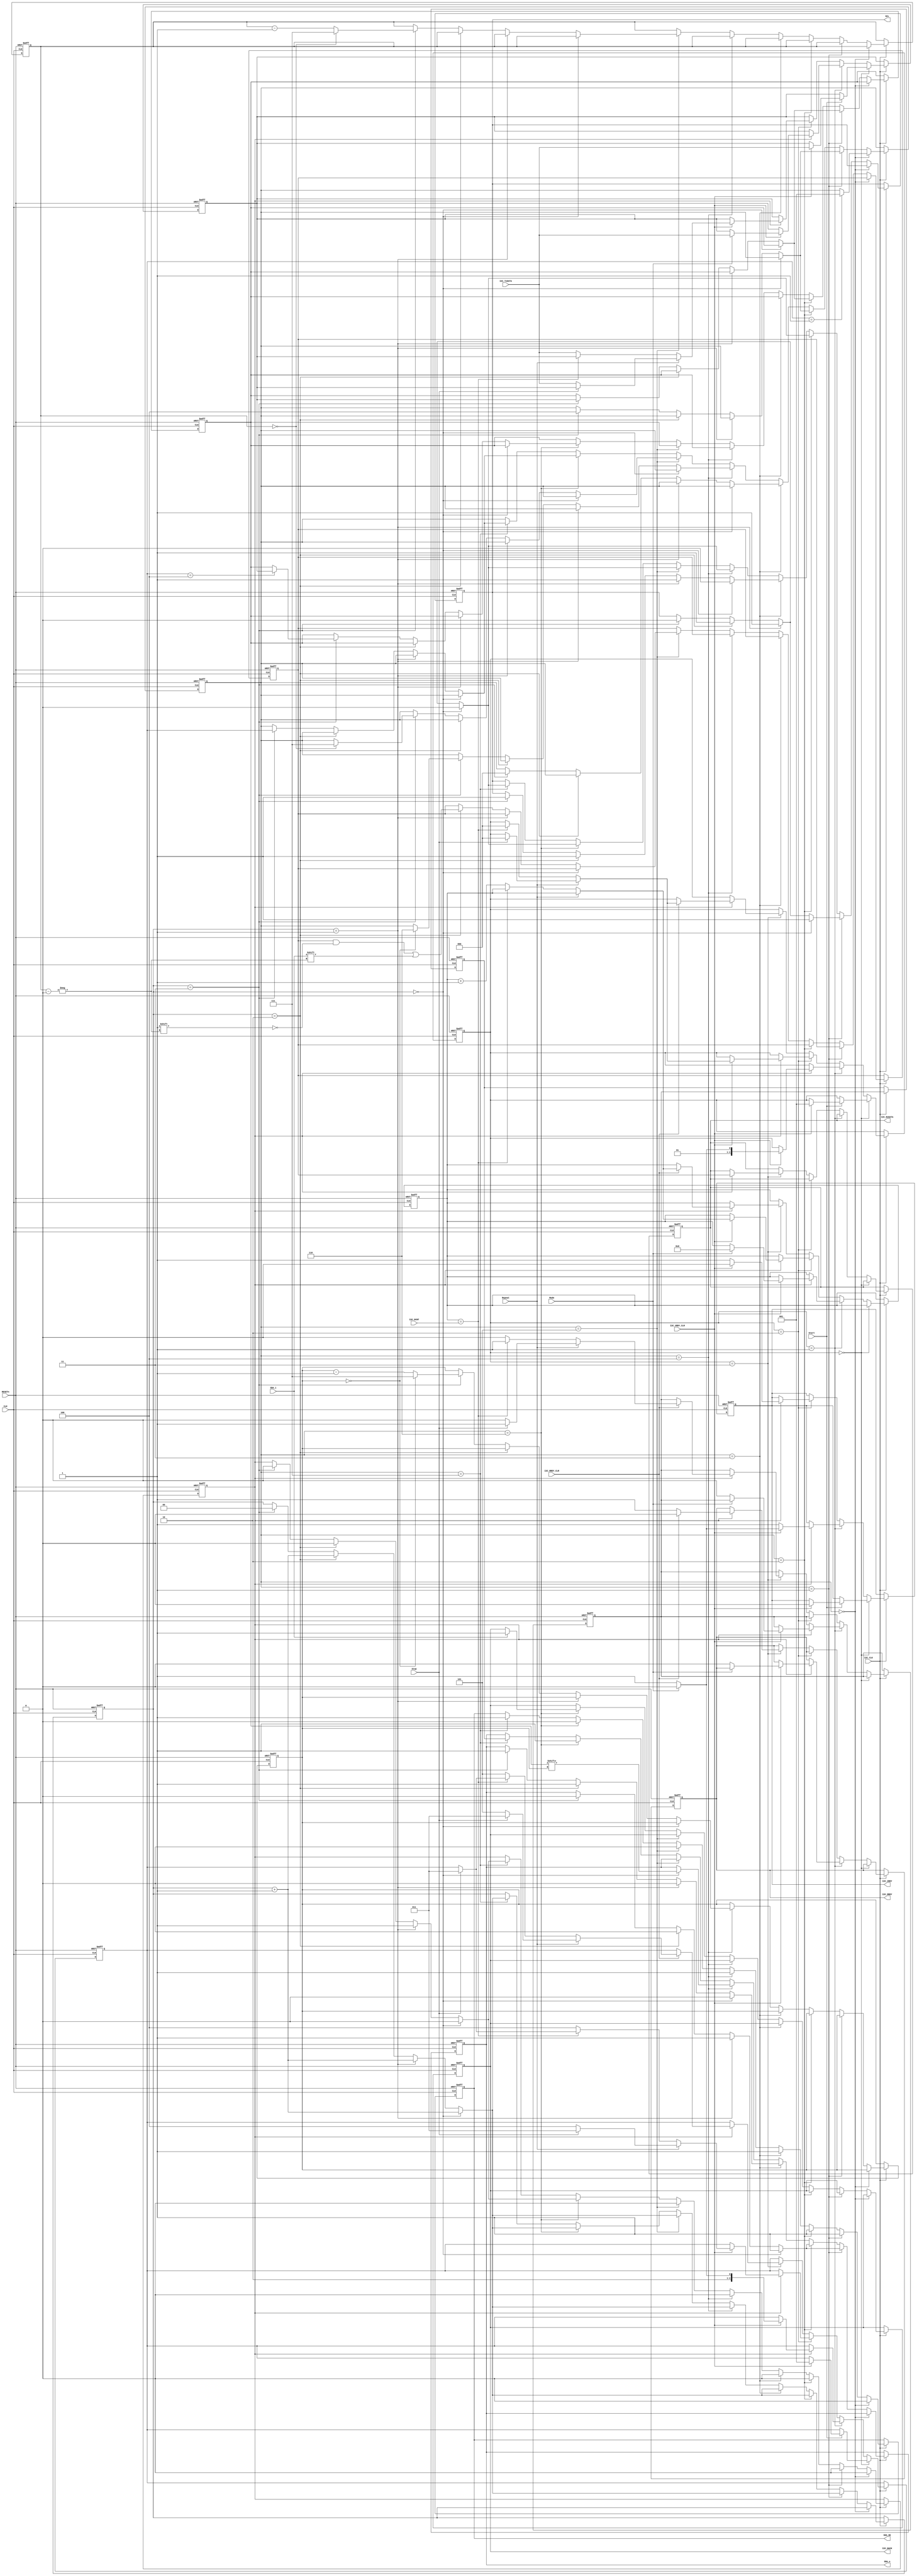
/********************************************************************************
 *																				*
 *		I2C_Transceiver.v  Ver 0.1														*
 *																				*
 *		Designed by	Yoon Dong Joon                                              *
 *																				*
 ********************************************************************************
 *																				*
 *		Support Verilog 2001 Syntax												*
 *																				*
 *		Update history : 2011.10.23	 original authored (Ver.0.1)				*
 *																				*
 *		Support only Single Master												*
 *																				*
 ********************************************************************************/	

`timescale 1ns/1ps		

`define CMD_NOP			3'b000
`define CMD_START		3'b001
`define CMD_REPSTART	3'b010
`define CMD_STOP		3'b011
`define CMD_WRITE		3'b100
`define CMD_READ		3'b101

`define ST_IDLE			3'b000
`define ST_START		3'b001
`define ST_REPSTART		3'b010
`define ST_STOP			3'b011
`define ST_WRITE		3'b100
`define ST_READ			3'b101
`define ST_TXACK		3'b110
`define ST_RXACK		3'b111

`define ST_WADDR		3'b001
`define ST_WDATA		3'b010
`define ST_RDATA		3'b011


//`define ST_WCMD			3'b010
//`define ST_RADDR		3'b011
//`define ST_RDATA0		3'b100
//`define ST_RDATA1		3'b101
//`define ST_WAIT			3'b110

module I2C_Tranceiver(
	//---------------------------------------------------------------------------
	//	Clock and Reset Signals
	//---------------------------------------------------------------------------
	input				CLK,
	input				I2C_CLK,
	input				RESETn,

	//---------------------------------------------------------------------------
	//	Control Signals
	//---------------------------------------------------------------------------
	input				Start,
	input				Stop,
	input				Repeat,
	input				Mode,

	//---------------------------------------------------------------------------
	//	Write/Read DATA
	//---------------------------------------------------------------------------
	input	[7:0]		I2C_TxDATA,
	output	[7:0]		I2C_RxDATA,

	//---------------------------------------------------------------------------
	//	Status Registers
	//---------------------------------------------------------------------------
	output				I2C_XRDY,
	output				I2C_RRDY,
	input				I2C_XRDY_CLR,
	input				I2C_RRDY_CLR,

	output				I2C_NACK,

	input	[15:0]		I2C_DCNT,

	//---------------------------------------------------------------------------
	//	I2C Signals
	//---------------------------------------------------------------------------
	output				SCL,
	output				SDA_o,
	input				SDA_i,
	output				SDA_OE
);		 
               
//-------------------------------------------------------------------------------
//	Internal Signals
//-------------------------------------------------------------------------------
reg		[2:0]	State;
reg 	[7:0]	TxReg;
reg 	[7:0]	TxShiftReg;
reg 	[7:0]	RxReg;
reg 	[7:0]	RxShiftReg;
reg 	[2:0]	iCMD;

reg		[7:0]	iI2C_RxDATA;
reg		[15:0]	iDataWord_Cnt;
reg				iI2C_XRDY;
reg				iI2C_RRDY;
reg				iI2C_NACK;

reg				iRxACK;
reg 			d_iRxACK;

reg				iACK;

reg 	[2:0]	I2C_State;
reg 	[1:0]	I2C_StateCnt;
reg 	[2:0]	iTxBitIndex;
reg 	[2:0]	iRxBitIndex;

reg				iSCL_o;
wire			iSDA_i;
reg				iSDA_o;
reg 			iSDA_OE;


//-------------------------------------------------------------------------------
//	I2C_State Machine
//-------------------------------------------------------------------------------
always@(posedge CLK, negedge RESETn)
begin
	if(!RESETn) begin
		iI2C_RxDATA		<= 7'd0;
		iCMD			<= 3'd0;
		TxReg			<= 8'd0;
		RxReg			<= 8'd0;
		iRxACK			<= 1'b0;
		d_iRxACK		<= 1'b0;

		iDataWord_Cnt	<= 16'd0;
		iI2C_XRDY		<= 1'b1;
		iI2C_RRDY		<= 1'b0;

		State			<= `ST_IDLE;
	end
	else if(I2C_CLK) begin
		if(State == `ST_IDLE) begin
			if(Start) begin
				if(I2C_XRDY_CLR) begin // if Data is on DXR
					iCMD	<= `CMD_START;
					TxReg	<= I2C_TxDATA; // Address Data is Transmitted
					iI2C_XRDY	<= 1'b0;
					State	<= `ST_WADDR;
				end
			end
		end
		else if(State == `ST_WADDR) begin
			if(iACK) begin
				iI2C_XRDY	<= 1'b1;

				if(I2C_XRDY_CLR) begin // if Data is on DXR
					if(Mode) begin // Transmitter
						iCMD	<= `CMD_WRITE;
						TxReg	<= I2C_TxDATA;
						iDataWord_Cnt	<= 16'd0;
						iI2C_XRDY	<= 1'b0;
						State	<= `ST_WDATA;
					end
					else begin // Receiver
						iCMD		<= `CMD_READ;
						iRxACK		<= 1'b0;
						iI2C_RRDY	<= 1'b0;
						State		<= `ST_RDATA;
					end
				end
			end
		end
		else if(State == `ST_WDATA) begin
			if(iACK) begin
				iI2C_XRDY	<= 1'b1;

				if(I2C_XRDY_CLR) begin // if Data is on DXR
					if(Repeat) begin
						if(Stop) begin
							iCMD	<= `CMD_STOP;
							iI2C_XRDY	<= 1'b0;
							State	<= `ST_IDLE;
						end
						else begin
							TxReg	<= I2C_TxDATA;
							iI2C_XRDY	<= 1'b0;
							iCMD	<= `CMD_WRITE;
						end
					end
					else begin
						if(iDataWord_Cnt == I2C_DCNT) begin
							if(Stop) begin
								iCMD	<= `CMD_STOP;
								iI2C_XRDY	<= 1'b0;
								State	<= `ST_IDLE;
							end
							else begin
								State	<= `ST_IDLE;
								iI2C_XRDY	<= 1'b0;
							end
						end
						else begin
							iDataWord_Cnt <= iDataWord_Cnt + 16'd1;
							iCMD	<= `CMD_WRITE;
							iI2C_XRDY	<= 1'b0;
							TxReg	<= I2C_TxDATA;
						end
					end
				end
			end
		end
		else if(State == `ST_RDATA) begin
			if(iACK) begin
				iI2C_RRDY	<= 1'b1;
				RxReg		<= RxShiftReg;

				if(I2C_RRDY_CLR) begin // if Data is readed by CPU
					if(Repeat) begin
						if(Stop) begin
							iCMD	<= `CMD_STOP;
							State	<= `ST_IDLE;
							iI2C_RRDY	<= 1'b0;
							iRxACK	<= 1'b1;
						end
						else begin
							iCMD	<= `CMD_READ;
							iI2C_RRDY	<= 1'b0;
							//RxReg	<= RxShiftReg;
							iRxACK	<= 1'b0;
						end
					end
					else begin
						if(iDataWord_Cnt == I2C_DCNT) begin
							if(Stop) begin
								iCMD	<= `CMD_STOP;
								iI2C_RRDY	<= 1'b0;
								State	<= `ST_IDLE;
								iRxACK	<= 1'b1;
							end
							else begin
								State	<= `ST_IDLE;
								iI2C_RRDY	<= 1'b0;
								iRxACK	<= 1'b1;
							end
						end
						else begin
							iDataWord_Cnt <= iDataWord_Cnt + 16'd1;
							iCMD	<= `CMD_READ;
							iI2C_RRDY	<= 1'b0;
							//RxReg	<= RxShiftReg;
							iRxACK	<= 1'b0;
						end
					end
				end
			end
		end

		d_iRxACK	<= iRxACK;
	end		
end

//-------------------------------------------------------------------------------
//	I2C Transceiver
//-------------------------------------------------------------------------------
always@(posedge CLK, negedge RESETn)
begin
	if(!RESETn) begin
		iSCL_o			<= 1'b1;
		iSDA_o			<= 1'b1;
		iSDA_OE			<= 1'b0;
		iTxBitIndex		<= 3'd7;
		iRxBitIndex		<= 3'd7;
		iACK			<= 1'b0;
		TxShiftReg		<= 8'd0;
		RxShiftReg		<= 8'd0;
		I2C_StateCnt	<= 2'd0;
		iI2C_NACK 		<= 1'b0;	

		I2C_State		<= `ST_IDLE;
	end
	else if(I2C_CLK) begin
		if(I2C_State == `ST_IDLE) begin
			if(iCMD == `CMD_START) begin
				I2C_State	<= `ST_START;
			end
			iSDA_OE		<= 1'b0;
			iACK		<= 1'b0;
		end
		else if(I2C_State == `ST_START) begin
			if(I2C_StateCnt == 2'd0) begin
				iSCL_o		<= 1'b1;
				iSDA_o		<= 1'b1;	

				I2C_StateCnt	<= I2C_StateCnt + 2'd1;			
			end
			else if(I2C_StateCnt == 2'd1) begin
				iSCL_o		<= 1'b1;
				iSDA_o		<= 1'b1;

				I2C_StateCnt	<= I2C_StateCnt + 2'd1;
			end
			else if(I2C_StateCnt == 2'd2) begin
				iSCL_o		<= 1'b1;
				iSDA_o		<= 1'b0;

				I2C_StateCnt	<= I2C_StateCnt + 2'd1;
			end
			else if(I2C_StateCnt == 2'd3) begin
				iSCL_o		<= 1'b0;
				iSDA_o		<= 1'b0;
				TxShiftReg	<= TxReg;
				I2C_StateCnt	<= 2'd0;

				I2C_State		<= `ST_WRITE;
			end
			iSDA_OE		<= 1'b1;
			iACK		<= 1'b0;
		end
		else if(I2C_State == `ST_REPSTART) begin
			if(I2C_StateCnt == 2'd0) begin
				iSCL_o		<= 1'b0;
				iSDA_o		<= 1'b1;				
				I2C_StateCnt	<= I2C_StateCnt + 2'd1;
			end
			else if(I2C_StateCnt == 2'd1) begin
				iSCL_o		<= 1'b1;
				iSDA_o		<= 1'b1;
				I2C_StateCnt	<= I2C_StateCnt + 2'd1;
			end
			else if(I2C_StateCnt == 2'd2) begin
				iSCL_o		<= 1'b1;
				iSDA_o		<= 1'b0;
				I2C_StateCnt	<= I2C_StateCnt + 2'd1;
			end
			else if(I2C_StateCnt == 2'd3) begin
				iSCL_o		<= 1'b0;
				iSDA_o		<= 1'b0;
				TxShiftReg	<= TxReg;
				I2C_StateCnt	<= 2'd0;
				I2C_State		<= `ST_WRITE;
			end
			iSDA_OE		<= 1'b1;
			iACK		<= 1'b0;
		end
		else if(I2C_State == `ST_STOP) begin
			if(I2C_StateCnt == 2'd0) begin
				iSCL_o		<= 1'b0;
				iSDA_o		<= 1'b0;				
				I2C_StateCnt	<= I2C_StateCnt + 2'd1;
			end
			else if(I2C_StateCnt == 2'd1) begin
				iSCL_o		<= 1'b1;
				iSDA_o		<= 1'b0;
				I2C_StateCnt	<= I2C_StateCnt + 2'd1;
			end
			else if(I2C_StateCnt == 2'd2) begin
				iSCL_o		<= 1'b1;
				iSDA_o		<= 1'b1;
				I2C_StateCnt	<= I2C_StateCnt + 2'd1;
			end
			else if(I2C_StateCnt == 2'd3) begin
				iSCL_o		<= 1'b1;
				iSDA_o		<= 1'b1;
				I2C_StateCnt	<= 2'd0;
				I2C_State		<= `ST_IDLE;
			end
			iSDA_OE		<= 1'b1;
			iACK		<= 1'b0;
		end
		else if(I2C_State == `ST_WRITE) begin
			if(I2C_StateCnt == 2'd0) begin
				iSCL_o		<= 1'b0;
				iSDA_o		<= TxShiftReg[iTxBitIndex];				
				I2C_StateCnt	<= I2C_StateCnt + 2'd1;
			end
			else if(I2C_StateCnt == 2'd1) begin
				iSCL_o		<= 1'b1;
				I2C_StateCnt	<= I2C_StateCnt + 2'd1;
			end
			else if(I2C_StateCnt == 2'd2) begin
				iSCL_o		<= 1'b1;
				I2C_StateCnt	<= I2C_StateCnt + 2'd1;
			end
			else if(I2C_StateCnt == 2'd3) begin
				iSCL_o		<= 1'b0;
				I2C_StateCnt	<= 2'd0;
				if(iTxBitIndex == 0) begin
					iTxBitIndex		<= 3'd7;
					I2C_State		<= `ST_TXACK;
				end
				else begin
					iTxBitIndex	<= iTxBitIndex - 3'd1;
				end
			end
			iSDA_OE		<= 1'b1;
			iACK		<= 1'b0;
		end
		else if(I2C_State == `ST_READ) begin
			if(I2C_StateCnt == 2'd0) begin
				iSCL_o		<= 1'b0;
				I2C_StateCnt	<= I2C_StateCnt + 2'd1;
			end
			else if(I2C_StateCnt == 2'd1) begin
				iSCL_o		<= 1'b1;
				I2C_StateCnt	<= I2C_StateCnt + 2'd1;
			end
			else if(I2C_StateCnt == 2'd2) begin
				iSCL_o		<= 1'b1;
				RxShiftReg[iRxBitIndex] <= iSDA_i;
				I2C_StateCnt	<= I2C_StateCnt + 2'd1;
			end
			else if(I2C_StateCnt == 2'd3) begin
				iSCL_o		<= 1'b0;
				I2C_StateCnt	<= 2'd0;
				if(iRxBitIndex == 0) begin
					iRxBitIndex		<= 3'd7;
					I2C_State		<= `ST_RXACK;
				end
				else begin
					iRxBitIndex	<= iRxBitIndex - 3'd1;
				end
			end
			iSDA_OE		<= 1'b0;
			iACK		<= 1'b0;
		end
		else if(I2C_State == `ST_TXACK) begin
			if(I2C_StateCnt == 2'd0) begin
				iSCL_o		<= 1'b0;
				iACK		<= 1'b0;

				I2C_StateCnt	<= I2C_StateCnt + 2'd1;
			end
			else if(I2C_StateCnt == 2'd1) begin
				iSCL_o		<= 1'b1;
				iACK		<= 1'b1;

				I2C_StateCnt	<= I2C_StateCnt + 2'd1;
			end
			else if(I2C_StateCnt == 2'd2) begin
				iSCL_o		<= 1'b1;
				iACK		<= 1'b0;

				I2C_StateCnt	<= I2C_StateCnt + 2'd1;
			end
			else if(I2C_StateCnt == 2'd3) begin
				iSCL_o		<= 1'b0;
				iACK		<= 1'b0;
				I2C_StateCnt	<= 2'd0;
				if(iCMD == `CMD_WRITE) begin
					TxShiftReg	<= TxReg;
				end
				I2C_State		<= iCMD;
			end

			if(iSDA_i) begin
				iI2C_NACK <= 1'b1;	
			end

			iSDA_o		<= 1'b1;
			iSDA_OE		<= 1'b0;
		end
		else if(I2C_State == `ST_RXACK) begin
			if(I2C_StateCnt == 2'd0) begin
				iSCL_o		<= 1'b0;
				iACK		<= 1'b0;
				I2C_StateCnt	<= I2C_StateCnt + 2'd1;
			end
			else if(I2C_StateCnt == 2'd1) begin
				iSCL_o		<= 1'b1;
				iACK		<= 1'b1;
				I2C_StateCnt	<= I2C_StateCnt + 2'd1;
			end
			else if(I2C_StateCnt == 2'd2) begin
				iSCL_o		<= 1'b1;
				iACK		<= 1'b0;
				I2C_StateCnt	<= I2C_StateCnt + 2'd1;
			end
			else if(I2C_StateCnt == 2'd3) begin
				iSCL_o		<= 1'b0;
				iACK		<= 1'b0;
				I2C_StateCnt	<= 2'd0;
				//if(iCMD == `CMD_WRITE) begin
					//TxShiftReg	<= TxReg;
				//end
				I2C_State		<= iCMD;
			end
			iSDA_o		<= d_iRxACK;
			iSDA_OE		<= 1'b1;
		end
	end
end

assign I2C_RxDATA = RxReg;
	
assign I2C_XRDY	= iI2C_XRDY;
assign I2C_RRDY = iI2C_RRDY;
assign I2C_NACK	= iI2C_NACK;

assign SCL		= iSCL_o;
assign SDA_o	= iSDA_o;
assign iSDA_i	= SDA_i;

assign SDA_OE	= iSDA_OE;

		
endmodule